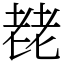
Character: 䎜